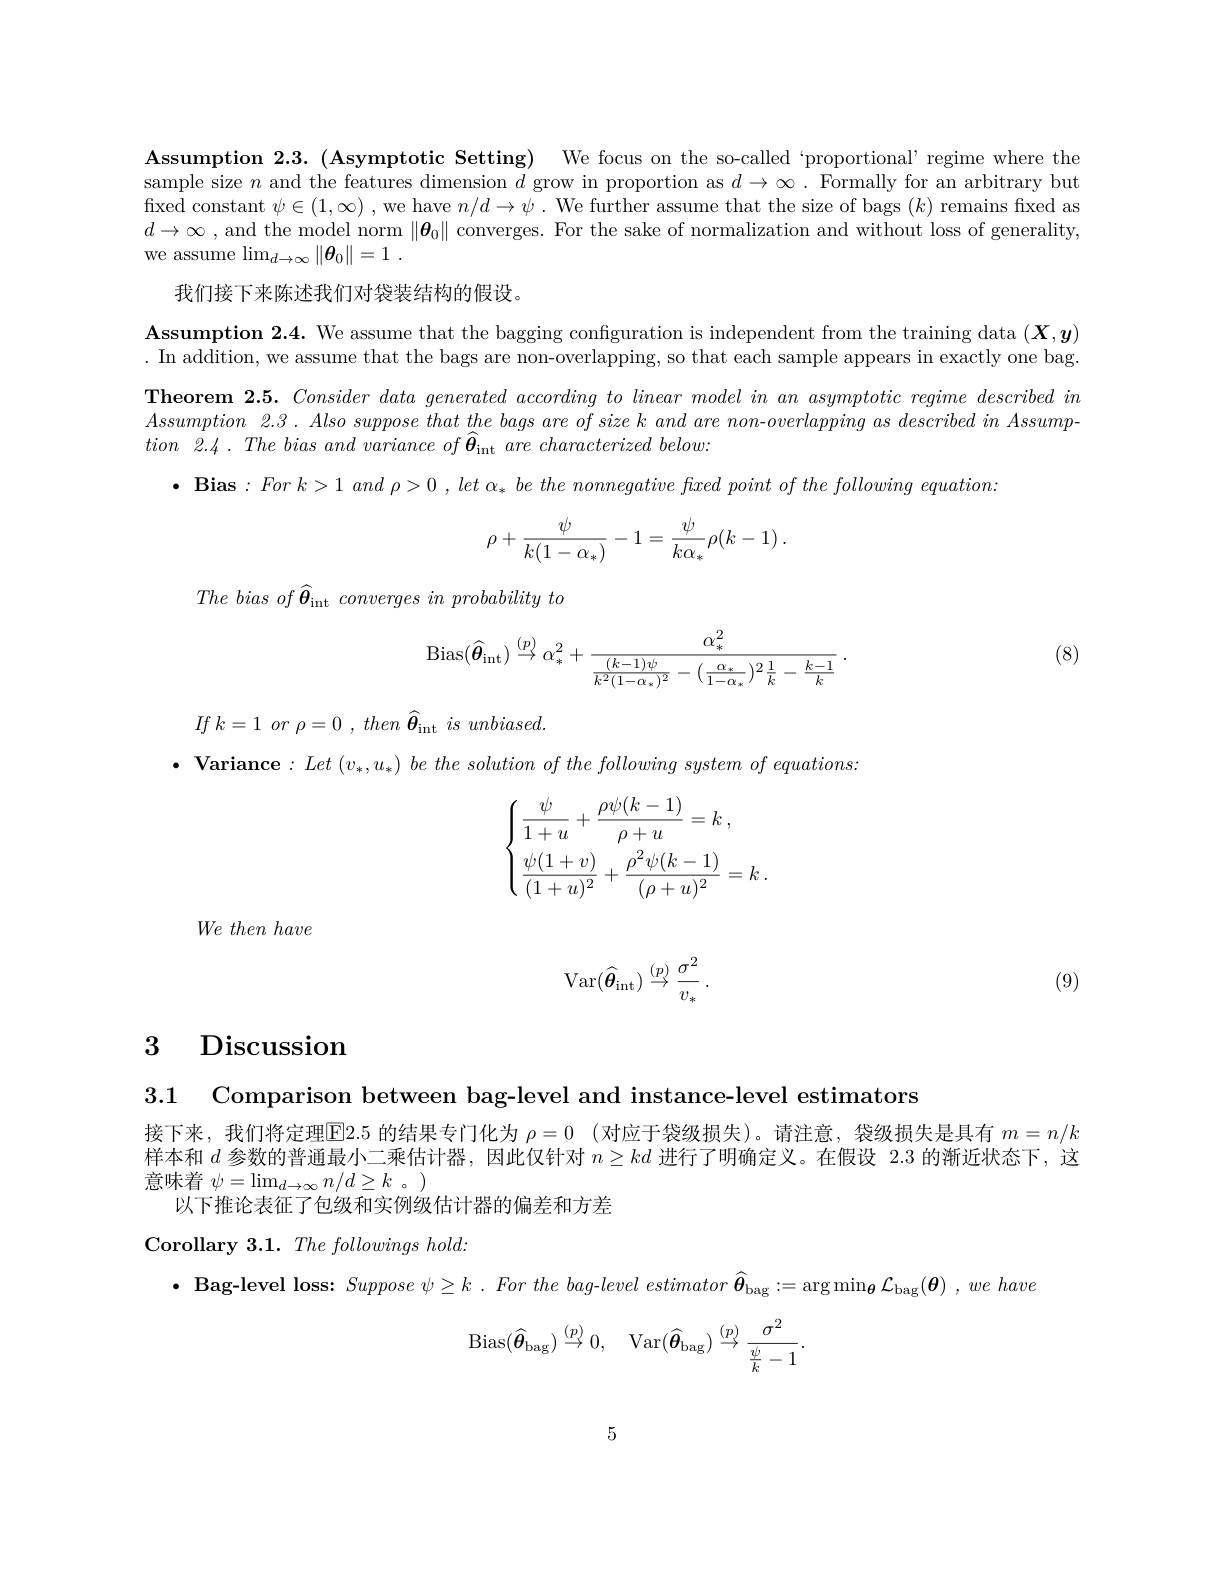
Assumption 2.3. (Asymptotic Setting) We focus on the so-called‘proportional’regime where the sample size $n$ and the features dimension $d$ grow in proportion as $d\to\infty.$ Formally for an arbitrary but fixed constant $\psi\in(1,\infty)$ , we have $n/d\to\psi.$ We further assume that the size of bags $(k)$ remains fixed as $d\to\infty$ , and the model norm $\|\boldsymbol{\theta}_0\|$ converges. For the sake of normalization and without loss of generality, we assume $\lim _d\to \infty \| \boldsymbol{\theta }_0\| = 1$ .

我们接下来陈述我们对袋装结构的假设。

Assumption 2.4. We assume that the bagging configuration is independent from the training data $(\boldsymbol{X},\boldsymbol{y})$ . In addition, we assume that the bags are non-overlapping, so that each sample appears in exactly one bag. Theorem $2. 5. \textit{ Consider data generated according to linear model in an asymptotic regime described in}$ $Assumption~2.3~.~Also~suppose~that~the~bags~are~of~size~k~and~are~non-overlapping~as~described~in~Assump$- $tion~2.4~.~The~bias~and~variance~of~\widehat{\boldsymbol{\theta}}_{\mathrm{int}}~are~characterized~below:$
$\bullet \textbf{ Bias}: For$ $k> 1$ and $\rho > 0$ $, let$ $\alpha _{* }$ $be$ the nonnegative fxed point $of$ the following $equation.$
$$\rho+\frac{\psi}{k(1-\alpha_*)}-1=\frac{\psi}{k\alpha_*}\rho(k-1)\:.$$
The bias of $\widehat\boldsymbol{\boldsymbol{\theta}}_\mathrm{int}\textit{converges in probability to$

(8)
$$\mathrm{Bias}(\widehat{\boldsymbol{\theta}}_{\mathrm{int}})\stackrel{(p)}{\to}\alpha_*^2+\frac{\alpha_*^2}{\frac{(k-1)\psi}{k^2(1-\alpha_*)^2}-(\frac{\alpha_*}{1-\alpha_*})^2\frac{1}{k}-\frac{k-1}{k}}\:.$$
$If$ $k= 1$ $or$ $\rho = 0$ , then $\widetilde{\boldsymbol{\theta }} _{\mathrm{int}}$ $is$ $unbiased.$

$\bullet$ Variance$: Let( v_* , u_* ) \textit{ be the solution of the following system of equations: }$
$$\begin{cases}\dfrac{\psi}{1+u}+\dfrac{\rho\psi(k-1)}{\rho+u}=k\:,\\\dfrac{\psi(1+v)}{(1+u)^2}+\dfrac{\rho^2\psi(k-1)}{(\rho+u)^2}=k\:.\end{cases}$$
$We\textit{ then have}$
$$\mathrm{Var}(\widehat{\boldsymbol{\theta}}_{\mathrm{int}})\stackrel{(p)}{\to}\frac{\sigma^{2}}{v_{*}}\:.$$
(9)

# 3 Discussion

3.1 Comparison between bag-level and instance-level estimators
接下来，我们将定理$\boxed{\mathrm{E}}2.5$ 的结果专门化为 $\rho = 0$ (对应于袋级损失)。请注意，袋级损失是具有 $m=n/k$ 样本和$d$参数的普通最小二乘估计器，因此仅针对$n\geq kd$进行了明确定义。在假设 2.3 的渐近状态下，这意味着$\psi=\lim_d\to\infty n/d\geq k$。)
以下推论表征了包级和实例级估计器的偏差和方差

Corollary 3.1. The followings hold:

$\bullet$ Bag-level loss: $Suppose\psi \geq k. Forthe\textit{bag- level estimator }\widehat{\boldsymbol{\theta }} _{\mathrm{bag}}: = \arg \min _{{\boldsymbol{\theta }}}\mathcal{L} _{\mathrm{bag}}( \boldsymbol{\theta }) , we\textit{have}$
$$\mathrm{Bias}(\widehat{\boldsymbol{\theta}}_{\mathrm{bag}})\stackrel{(p)}{\to}0,\quad\mathrm{Var}(\widehat{\boldsymbol{\theta}}_{\mathrm{bag}})\stackrel{(p)}{\to}\frac{\sigma^{2}}{\frac{\psi}{k}-1}.$$
5